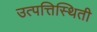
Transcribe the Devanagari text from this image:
उत्पत्तिस्थिती